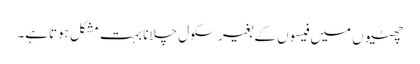
چھٹیوں میں فیسوں کے بغیر سکول چلانا بہت مشکل ہوتاہے۔